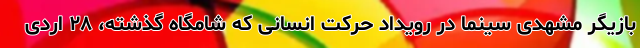
بازیگر مشهدی سینما در رویداد حرکت انسانی که شامگاه گذشته، ۲۸ اردی